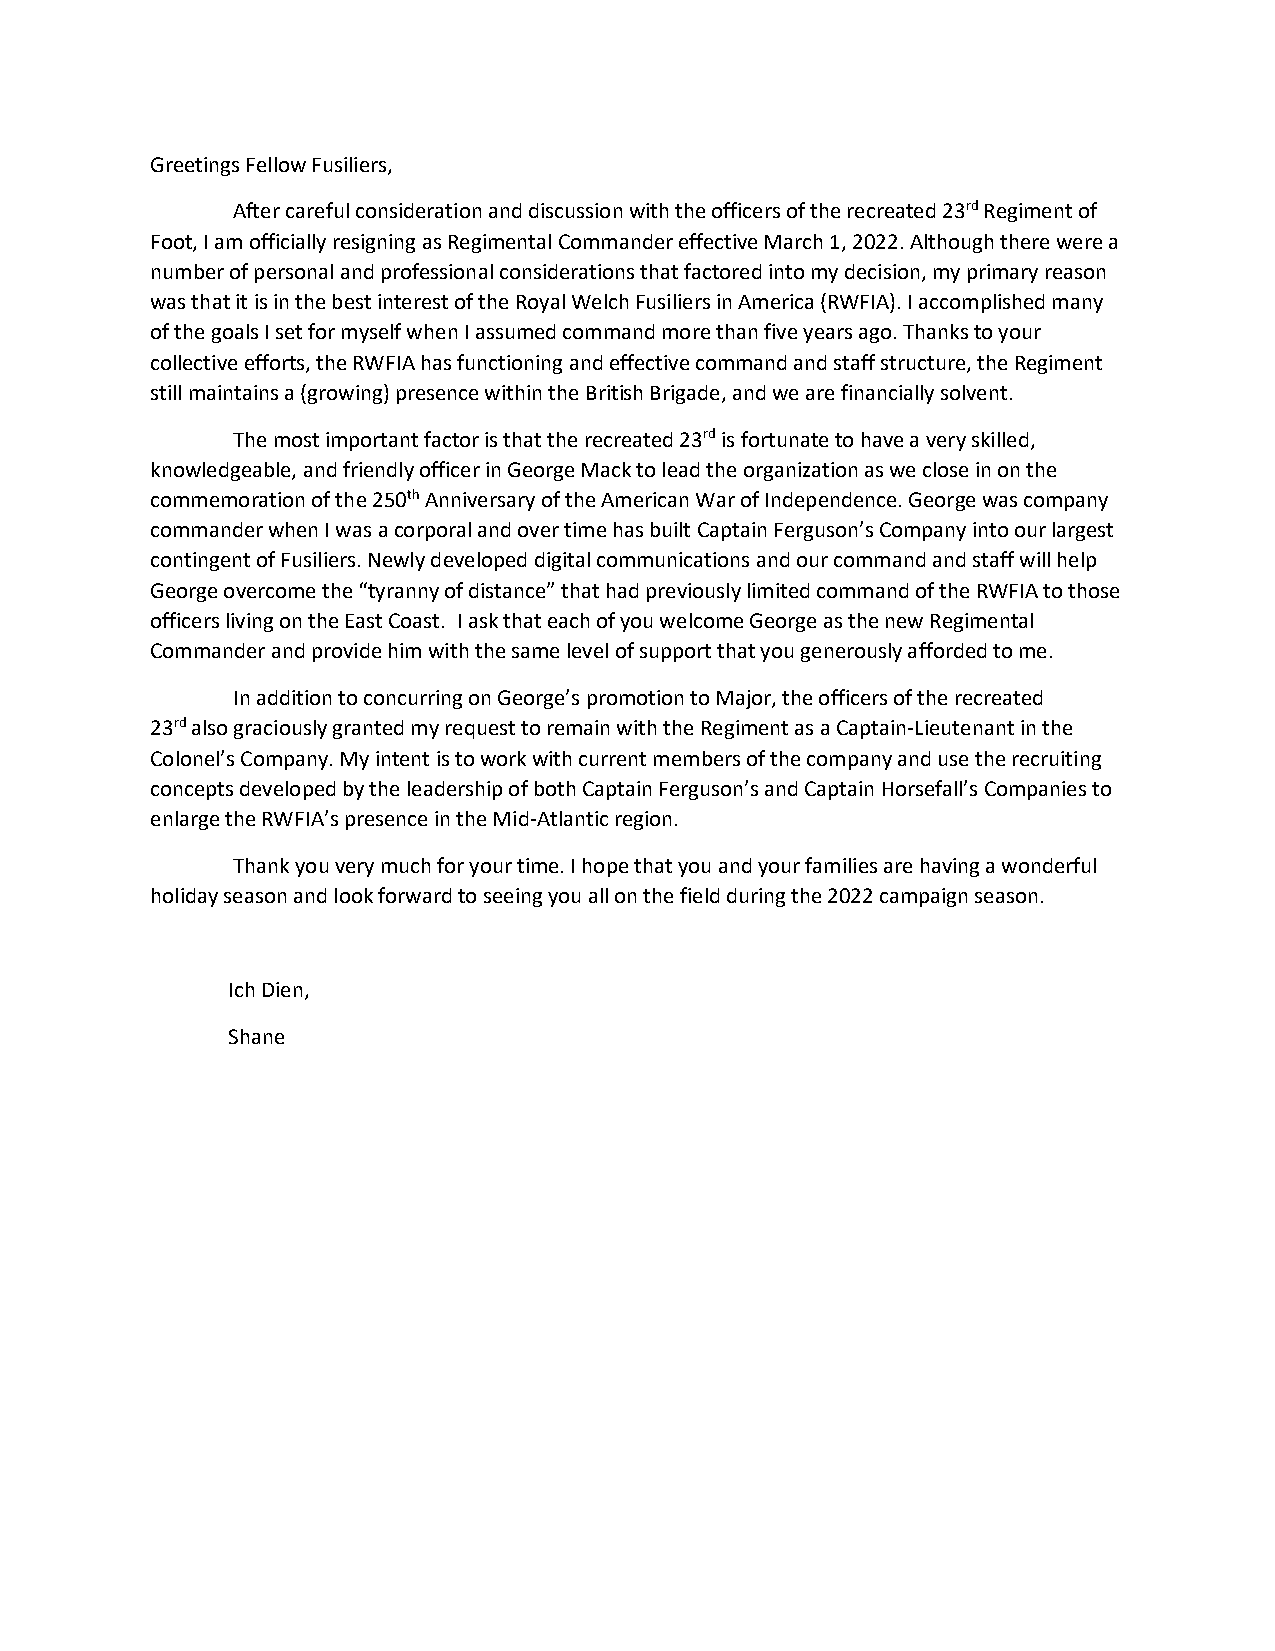
Greetings Fellow Fusiliers,
 After careful consideration and discussion with the officers of the recreated 23rd Regiment of
 Foot, I am officially resigning as Regimental Commander effective March 1, 2022. Although there were a
 number of personal and professional considerations that factored into my decision, my primary reason
 was that it is in the best interest of the Royal Welch Fusiliers in America (RWFIA). I accomplished many
 of the goals I set for myself when I assumed command more than five years ago. Thanks to your
 collective efforts, the RWFIA has functioning and effective command and staff structure, the Regiment
 still maintains a (growing) presence within the British Brigade, and we are financially solvent.
 The most important factor is that the recreated 23rd is fortunate to have a very skilled,
 knowledgeable, and friendly officer in George Mack to lead the organization as we close in on the
 commemoration of the 250th Anniversary of the American War of Independence. George was company
 commander when I was a corporal and over time has built Captain Ferguson’s Company into our largest
 contingent of Fusiliers. Newly developed digital communications and our command and staff will help
 George overcome the “tyranny of distance” that had previously limited command of the RWFIA to those
 officers living on the East Coast. I ask that each of you welcome George as the new Regimental
 Commander and provide him with the same level of support that you generously afforded to me.
 In addition to concurring on George’s promotion to Major, the officers of the recreated
 23rd also graciously granted my request to remain with the Regiment as a Captain-Lieutenant in the
 Colonel’s Company. My intent is to work with current members of the company and use the recruiting
 concepts developed by the leadership of both Captain Ferguson’s and Captain Horsefall’s Companies to
 enlarge the RWFIA’s presence in the Mid-Atlantic region.
 Thank you very much for your time. I hope that you and your families are having a wonderful
 holiday season and look forward to seeing you all on the field during the 2022 campaign season.
 Ich Dien,
 Shane